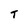
Character: T